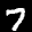
Label: 7